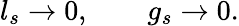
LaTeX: l_{s}\rightarrow 0,\qquad g_{s}\rightarrow 0.